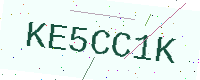
Text: KE5CC1K